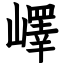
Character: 嶧